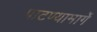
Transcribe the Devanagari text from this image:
पाटण्यामार्गे